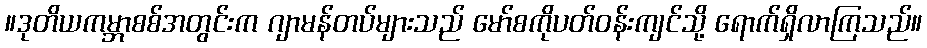
။ဒုတိယကမ္ဘာစစ်အတွင်းက ဂျာမန်တပ်များသည် မော်စကိုပတ်ဝန်းကျင်သို့ ရောက်ရှိလာကြသည်။